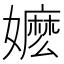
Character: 嬷